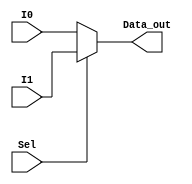
/* Multiplexor 4x1 with behavioral architecture */
module mux2to1#(parameter WIDTH=5)(I0, I1, Sel, Data_out);

   input [WIDTH-1:0] I0;
   input [WIDTH-1:0] I1;
   input Sel;
   output [WIDTH-1:0] Data_out;

assign Data_out=(Sel)? I1:I0;	
	
endmodule